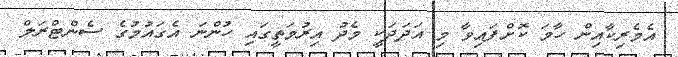
އެމެރިކާއިން ހާމަ ކޮށްފައިވާ މި އަދަދަކީ މެދު އިރުމަތީގައި ހުންނަ އެގައުމުގެ ސެންޓްރަލް